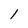
Character: 1